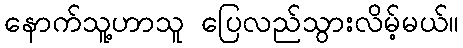
နောက်သူ့ဟာသူ ပြေလည်သွားလိမ့်မယ်။